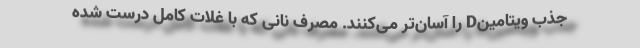
جذب ویتامینD را آسان‌تر می‌کنند. مصرف نانی که با غلات کامل درست شده‌